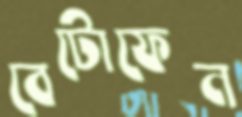
বেটোফেন